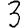
Digit: 3